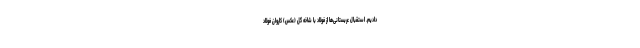
دادیم. استقبال عربستانی‌ها از فولاد با شاخه گل (عکس) کاروان فولاد